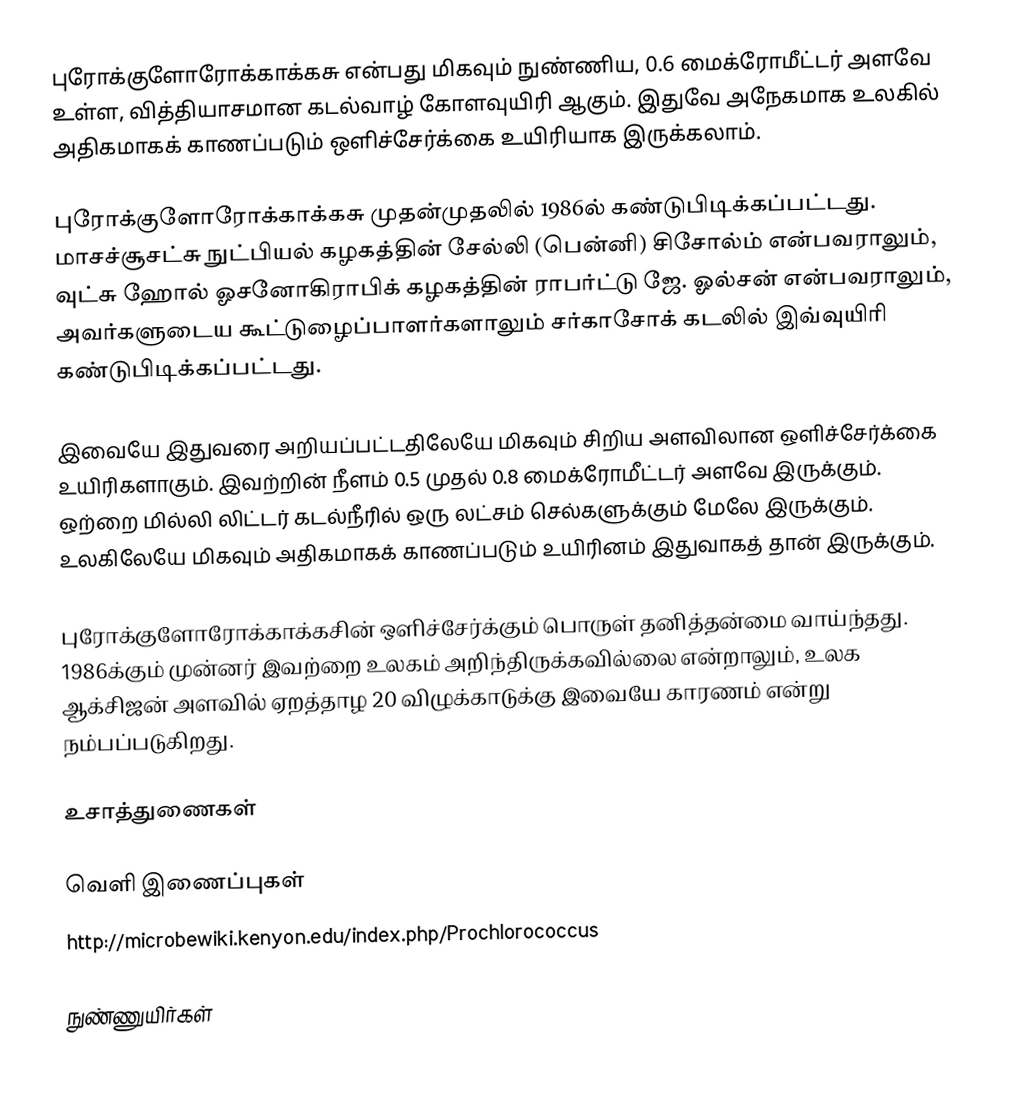
புரோக்குளோரோக்காக்கசு என்பது மிகவும் நுண்ணிய, 0.6 மைக்ரோமீட்டர் அளவே உள்ள, வித்தியாசமான கடல்வாழ் கோளவுயிரி ஆகும். இதுவே அநேகமாக உலகில் அதிகமாகக் காணப்படும் ஒளிச்சேர்க்கை உயிரியாக இருக்கலாம்.

புரோக்குளோரோக்காக்கசு முதன்முதலில் 1986ல் கண்டுபிடிக்கப்பட்டது. மாசச்சூசட்சு நுட்பியல் கழகத்தின் சேல்லி (பென்னி) சிசோல்ம் என்பவராலும், வுட்சு ஹோல் ஓசனோகிராபிக் கழகத்தின் ராபர்ட்டு ஜே. ஓல்சன் என்பவராலும், அவர்களுடைய கூட்டுழைப்பாளர்களாலும் சர்காசோக் கடலில் இவ்வுயிரி கண்டுபிடிக்கப்பட்டது.

இவையே இதுவரை அறியப்பட்டதிலேயே மிகவும் சிறிய அளவிலான ஒளிச்சேர்க்கை உயிரிகளாகும். இவற்றின் நீளம் 0.5 முதல் 0.8 மைக்ரோமீட்டர் அளவே இருக்கும். ஒற்றை மில்லி லிட்டர் கடல்நீரில் ஒரு லட்சம் செல்களுக்கும் மேலே இருக்கும். உலகிலேயே மிகவும் அதிகமாகக் காணப்படும் உயிரினம் இதுவாகத் தான் இருக்கும்.

புரோக்குளோரோக்காக்கசின் ஒளிச்சேர்க்கும் பொருள் தனித்தன்மை வாய்ந்தது. 1986க்கும் முன்னர் இவற்றை உலகம் அறிந்திருக்கவில்லை என்றாலும், உலக ஆக்சிஜன் அளவில் ஏறத்தாழ 20 விழுக்காடுக்கு இவையே காரணம் என்று நம்பப்படுகிறது.

உசாத்துணைகள்

வெளி இணைப்புகள்
http://microbewiki.kenyon.edu/index.php/Prochlorococcus

நுண்ணுயிர்கள்